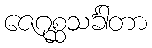
ဇေဂုစ္ဆသင်္ခါတာ